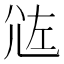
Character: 𡯛